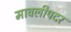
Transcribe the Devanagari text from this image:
मावलीपदर